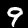
Label: 9